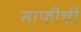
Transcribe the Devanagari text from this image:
माफीची